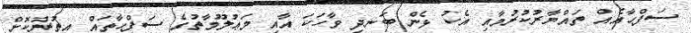
ސަފްޙާއެއް ތައްޔާރުކުރުމާއި އެކު ޅެން ބަނދި ވާހަކަ އާއި މަޢުލޫމާތުގެ ސަފްޙާތައް އިތުރުކޮށް